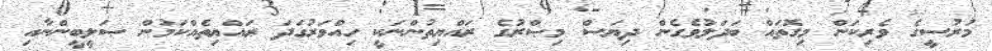
މުރުސީގެ ވެރިކަން މިގޮތައް ބަދަލުވެގެން ދިޔަސް މިޞްރުގެ ރައްޔިތުންނަކީ ހިއްވަރުގަދަ ރައްޔިތެއްކަމުން ޞަލީބީންނާއި